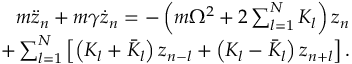
\begin{array} { r l r } & { } & { m \ddot { z } _ { n } + m \gamma \dot { z } _ { n } = - \left( m \Omega ^ { 2 } + 2 \sum _ { l = 1 } ^ { N } K _ { l } \right) z _ { n } } \\ & { } & { + \sum _ { l = 1 } ^ { N } \left[ \left( K _ { l } + \bar { K } _ { l } \right) z _ { n - l } + \left( K _ { l } - \bar { K } _ { l } \right) z _ { n + l } \right] . } \end{array}